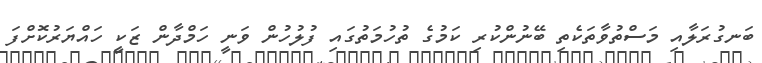
ބަނގުރަލާއި މަސްތުވާތަކެތި ބޭނުންކުރި ކަމުގެ ތުހުމަތުގައި ފުލުހުން ވަނީ ހަމްދާން ޒަކީ ހައްޔަރުކޮށްފަ